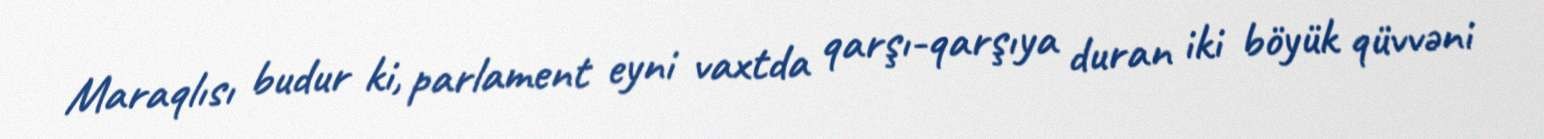
Maraqlısı budur ki, parlament eyni vaxtda qarşı-qarşıya duran iki böyük qüvvəni